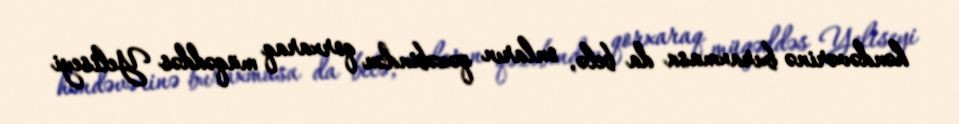
həndəvərinə buraxmasa da belə, onların qəzəbindən qorxaraq müqəddəs Yeliseyi